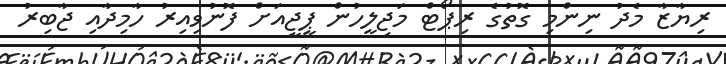
ރިޔާޒާ މެދު ނިންމި ގޮތުގެ ރިޕޯޓް މަޖިލީހުން ޕީޖީއަށް ފޮނުވިއިރު ހާމިދާއި ޖާބިރު